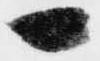
一